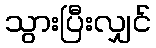
သွားပြီးလျှင်